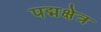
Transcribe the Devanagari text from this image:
पद्मक्षेत्र